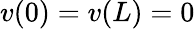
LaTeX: v(0)=v(L)=0